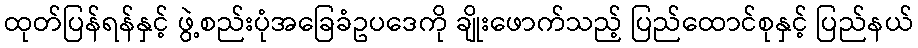
ထုတ်ပြန်ရန်နှင့် ဖွဲ့စည်းပုံအခြေခံဥပဒေကို ချိုးဖောက်သည့် ပြည်ထောင်စုနှင့် ပြည်နယ်